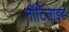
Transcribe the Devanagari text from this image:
नॉटिलाइड